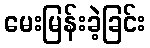
မေးမြန်းခဲ့ခြင်း